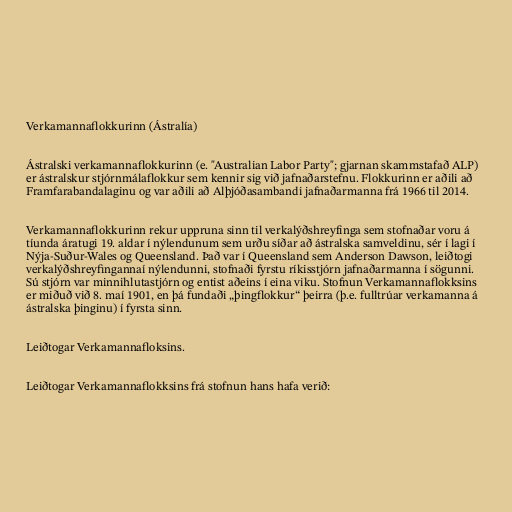
Verkamannaflokkurinn (Ástralía)

Ástralski verkamannaflokkurinn (e. "Australian Labor Party"; gjarnan skammstafað ALP)
er ástralskur stjórnmálaflokkur sem kennir sig við jafnaðarstefnu. Flokkurinn er aðili að
Framfarabandalaginu og var aðili að Alþjóðasambandi jafnaðarmanna frá 1966 til 2014.

Verkamannaflokkurinn rekur uppruna sinn til verkalýðshreyfinga sem stofnaðar voru á
tíunda áratugi 19. aldar í nýlendunum sem urðu síðar að ástralska samveldinu, sér í lagi í
Nýja-Suður-Wales og Queensland. Það var í Queensland sem Anderson Dawson, leiðtogi
verkalýðshreyfingannaí nýlendunni, stofnaði fyrstu ríkisstjórn jafnaðarmanna í sögunni.
Sú stjórn var minnihlutastjórn og entist aðeins í eina viku. Stofnun Verkamannaflokksins
er miðuð við 8. maí 1901, en þá fundaði „þingflokkur“ þeirra (þ.e. fulltrúar verkamanna á
ástralska þinginu) í fyrsta sinn.

Leiðtogar Verkamannafloksins.

Leiðtogar Verkamannaflokksins frá stofnun hans hafa verið: